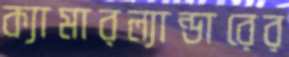
ক্যামারল্যান্ডারের